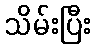
သိမ်းပြီး